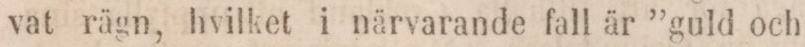
vat rägn, hvilket i närvarande fall är ”guld och